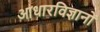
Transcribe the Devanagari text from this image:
आधारविज्ञानों